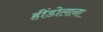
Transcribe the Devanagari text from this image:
हींडोलाना